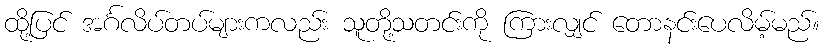
ထို့ပြင် အင်္ဂလိပ်တပ်များကလည်း သူတို့သတင်းကို ကြားလျှင် တောနင်းပေလိမ့်မည်။